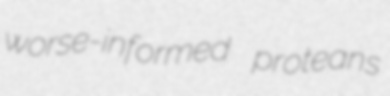
worse-informed proteans